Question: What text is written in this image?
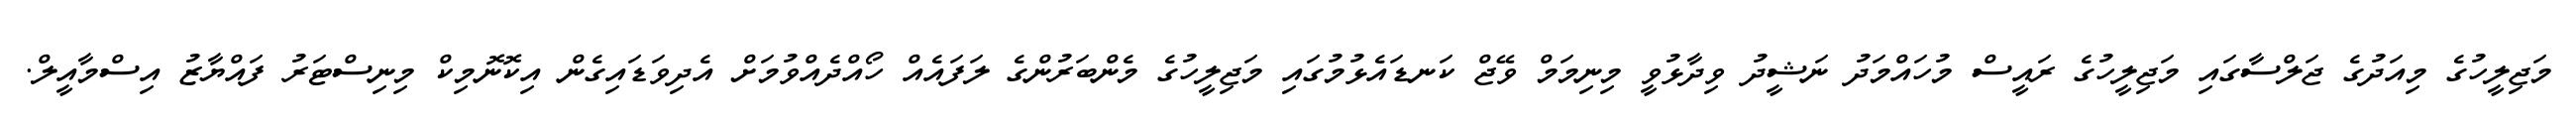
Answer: މަޖިލީހުގެ މިއަދުގެ ޖަލްސާގައި މަޖިލީހުގެ ރައީސް މުހައްމަދު ނަޝީދު ވިދާޅުވީ މިނިމަމް ވޭޖް ކަނޑައެޅުމުގައި މަޖިލީހުގެ މެންބަރުންގެ ލަފައެއް ހޯއްދެއްވުމަށް އެދިވަޑައިގެން އިކޮނޮމިކް މިނިސްޓަރު ފައްޔާޒު އިސްމާއީލް.